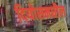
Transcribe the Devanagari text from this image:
दियोसमधील